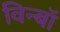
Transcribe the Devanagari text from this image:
विन्बॉ